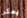
يمكن